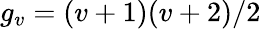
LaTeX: g_{v}=(v+1)(v+2)/2